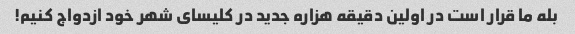
بله ما قرار است در اولین دقیقه هزاره جدید در کلیسای شهر خود ازدواج کنیم!